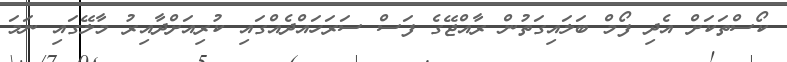
ކޯސްތަކަށް އެދި ފޯމް ބަލައިގަތުން ރާއްޖޭގެ ފަސް ސަރަހައްދެއްގައި ކުރިއަށްދާއިރު މާލޭގައި ނަމަ